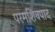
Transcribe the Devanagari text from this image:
परमशिवपाद